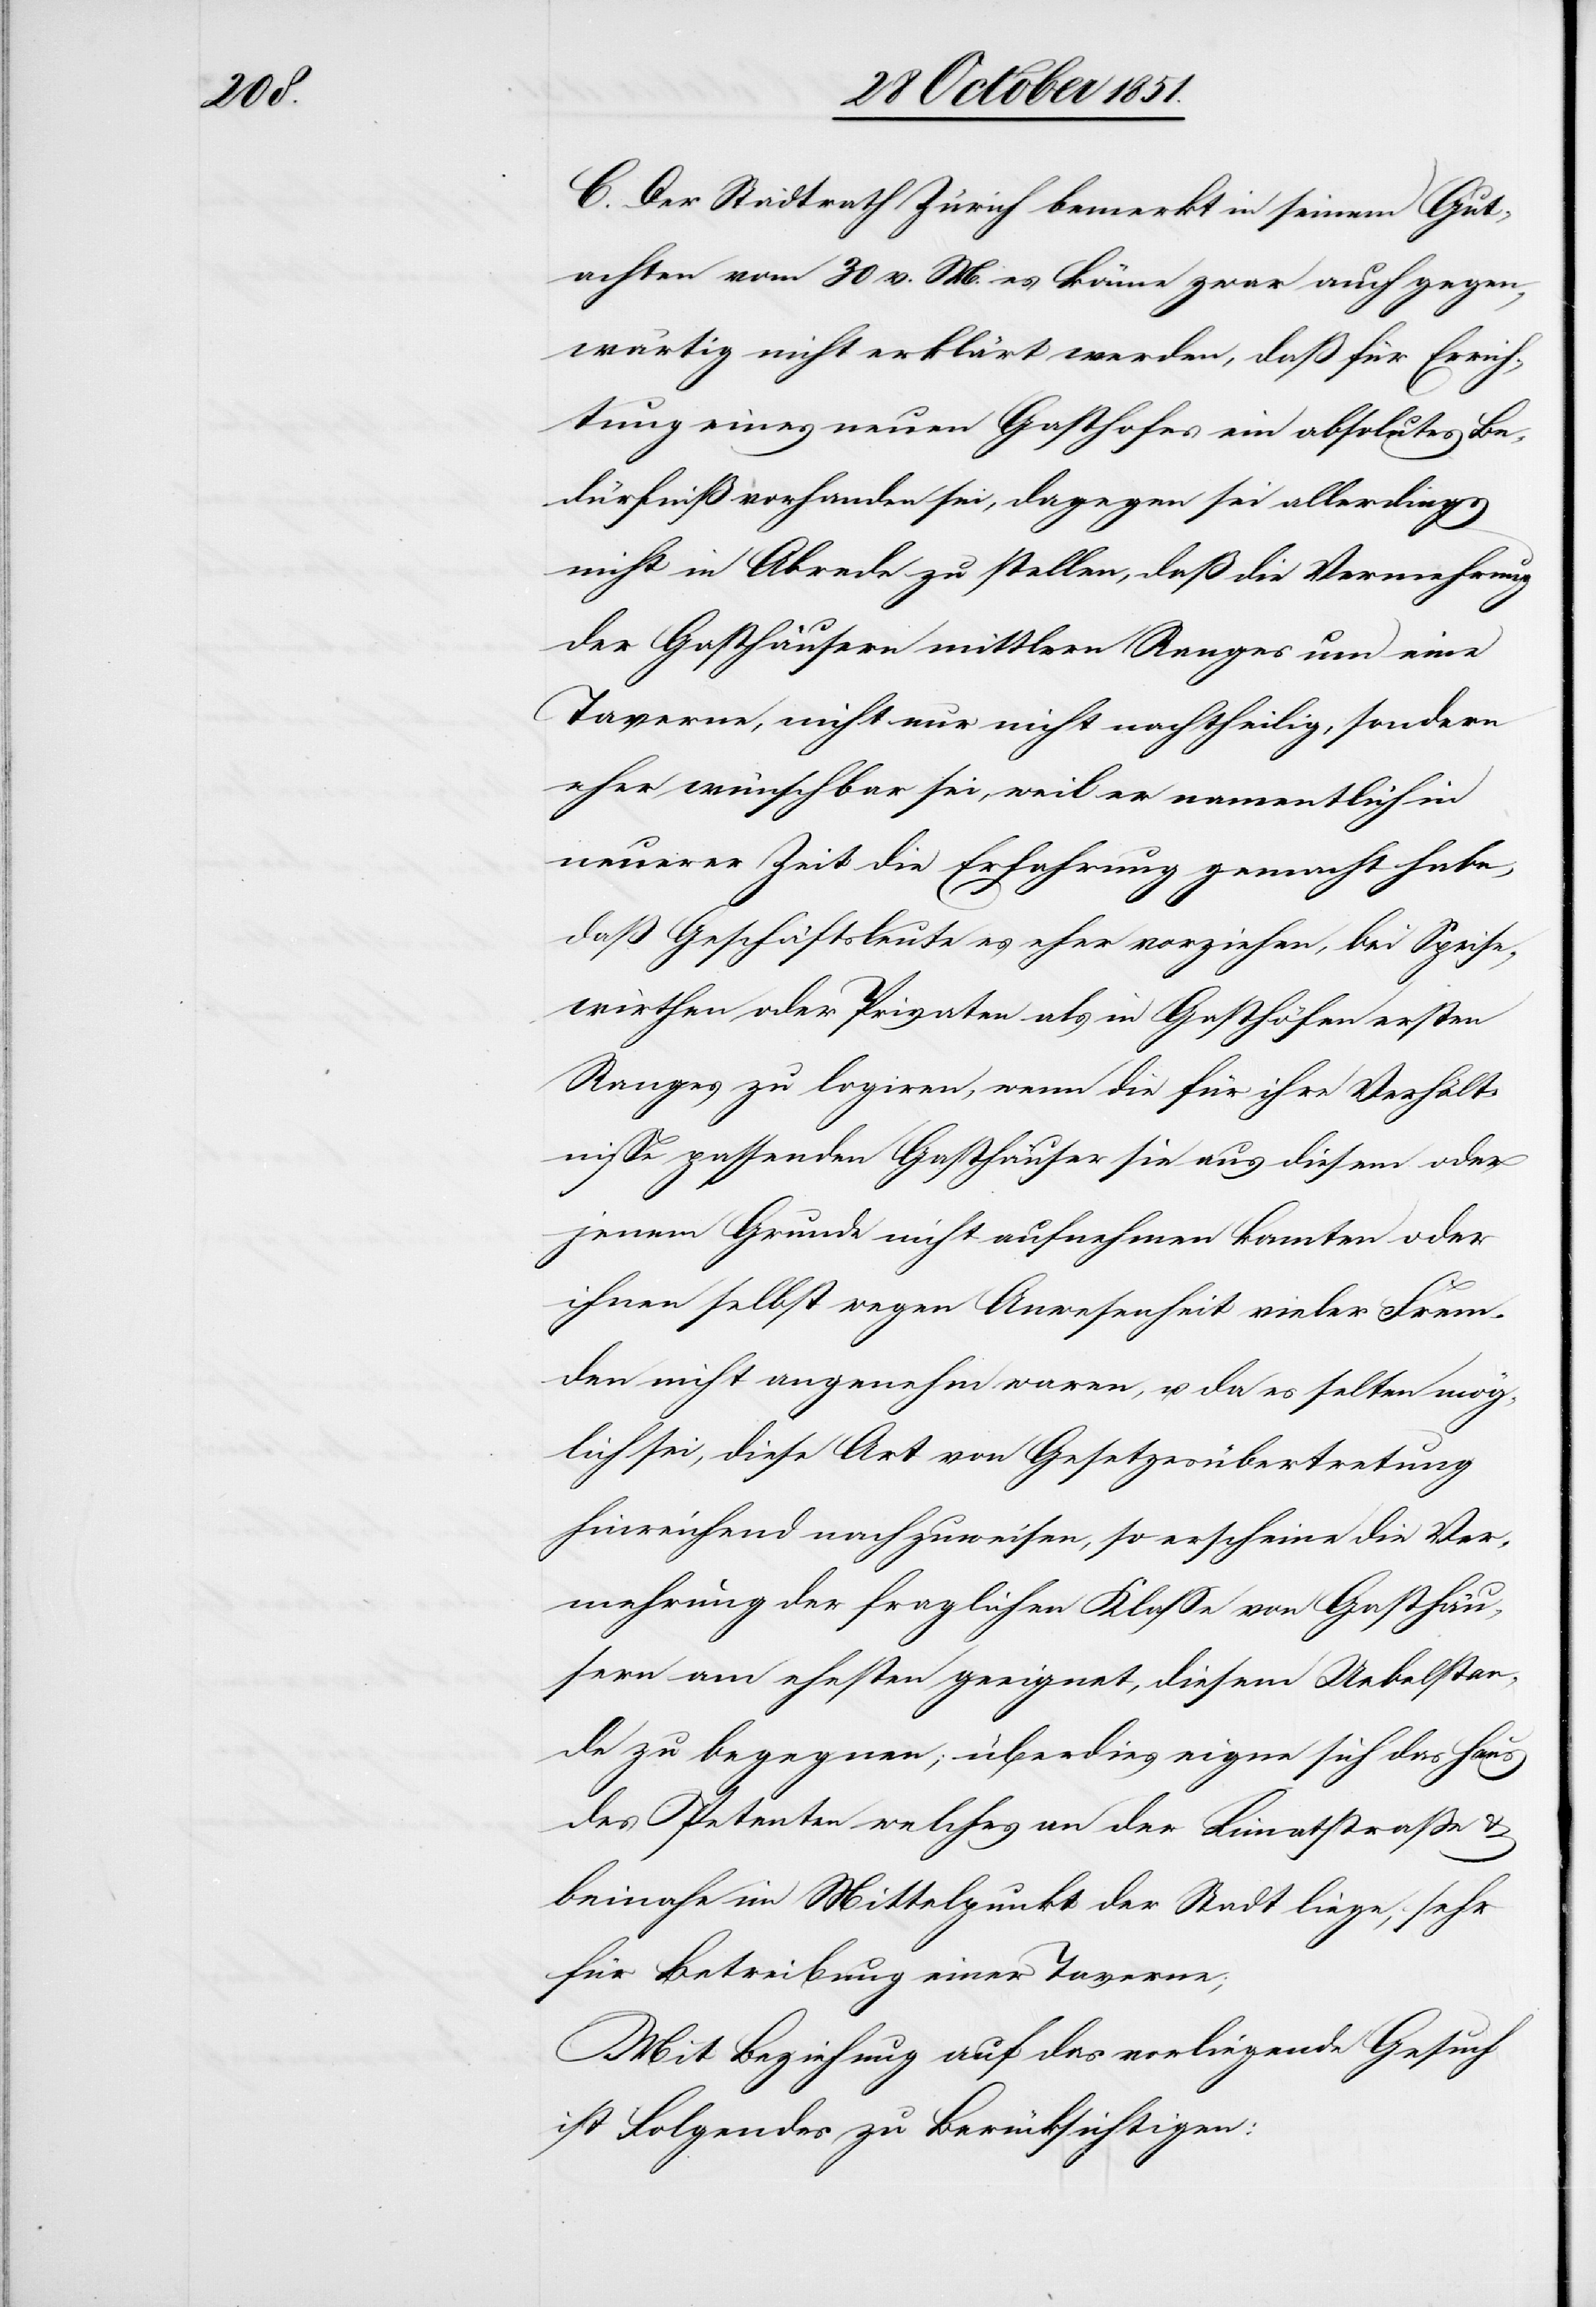
C. Der Stadtrath Zürich bemerkt in seinem Gut¬
achten vom 30 v. M. es könne zwar auch gegen¬
wärtig nicht erklärt werden, daß für Errich¬
tung eines neuen Gasthofes ein absolutes Be¬
dürfniß vorhanden sei, dagegen sei allerdings
nicht in Abrede zu stellen, daß die Vermehrung
der Gasthäusern [sic!] mittlern Ranges um eine
Taverne, nicht nur nicht nachtheilig, sondern
eher wünschbar sei, weil er namentlich in
neuerer Zeit die Erfahrung gemacht habe,
daß Geschäftsleute es eher vorziehen, bei Speise¬
wirthen oder Privaten als in Gasthöfen ersten
Ranges zu logiren, wenn die für ihre Verhält¬
nisse passenden Gasthäuser sie aus diesem oder
jenem Grunde nicht aufnehmen konnten oder
ihnen selbst wegen Anwesenheit vieler Frem¬
den nicht angenehm waren, u. da es selten mög¬
lich sei, diese Art von Gesetzesübertretung
hinreichend nachzuweisen, so erscheine die Ver¬
mehrung der fraglichen Klasse von Gasthäu¬
sern am ehesten geeignet, diesem Uebelstan¬
de zu begegnen; überdies eigne sich das Haus
des Petenten welches an der Limatstraße &
beinahe im Mittelpunkt der Stadt liege, sehr
für Betreibung einer Taverne;
Mit Beziehung auf das vorliegende Gesuch
ist Folgendes zu Berücksichtigen